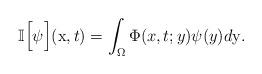
LaTeX: \begin{align*}\mathbb{I}\Big[\psi\Big](\mathrm{x},t) = \int_{\Omega}\Phi(x,t;y)\psi(y)d\mathrm{y}.\end{align*}